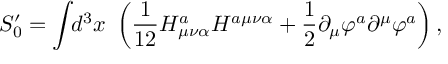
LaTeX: S _ { 0 } ^ { \prime } = \int \! \! d ^ { 3 } x ~ \left( \frac 1 { 1 2 } H _ { \mu \nu \alpha } ^ { a } H ^ { a \mu \nu \alpha } + \frac 1 2 \partial _ { \mu } \varphi ^ { a } \partial ^ { \mu } \varphi ^ { a } \right) ,